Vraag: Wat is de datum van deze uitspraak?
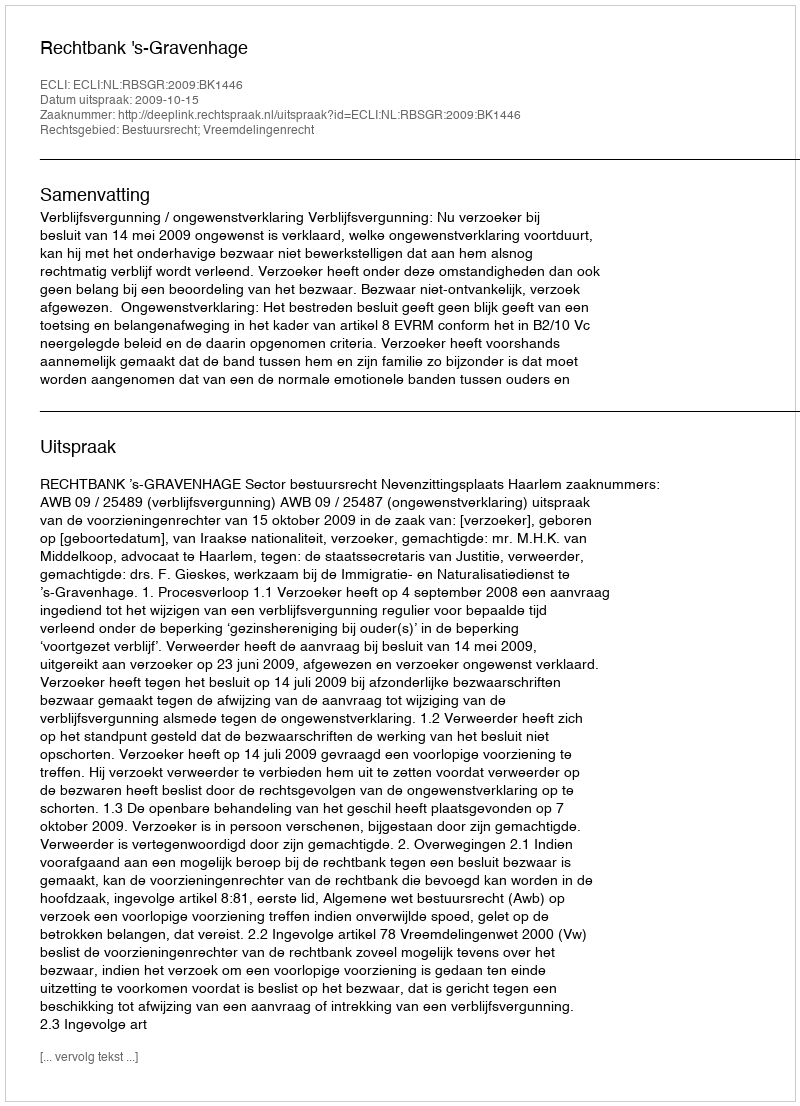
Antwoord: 2009-10-15